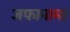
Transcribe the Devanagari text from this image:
जफानामा